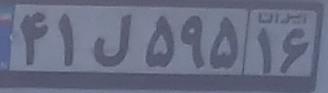
۴۱ل۵۹۵۱۶